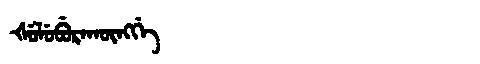
Manchu: ᡧᡠᠯᡠᠪᡠᡵᠠᡴᡡᠩᡤᡝ
Romanization: ŠULUBURAKŪNGGE